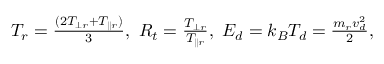
\begin{array} { r } { T _ { r } = \frac { ( 2 T _ { \perp r } + T _ { \parallel r } ) } { 3 } , ~ R _ { t } = \frac { T _ { \perp r } } { T _ { \parallel r } } , ~ E _ { d } = k _ { B } T _ { d } = \frac { m _ { r } v _ { d } ^ { 2 } } { 2 } , } \end{array}